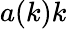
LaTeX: a(k)k